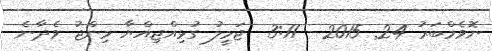
ނޮވެމްބަރު 24